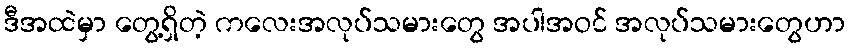
ဒီအထဲမှာ တွေ့ရှိတဲ့ ကလေးအလုပ်သမားတွေ အပါအဝင် အလုပ်သမားတွေဟာ